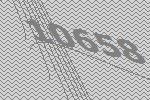
10658